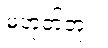
မဟုတ်ဘူး။